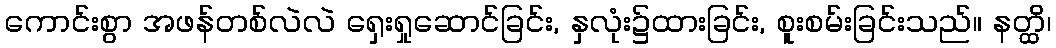
ကောင်းစွာ အဖန်တစ်လဲလဲ ရှေးရှုဆောင်ခြင်း, နှလုံး၌ထားခြင်း, စူးစမ်းခြင်းသည်။ နတ္ထိ၊